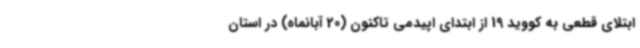
ابتلای قطعی به کووید 19 از ابتدای اپیدمی تاکنون (20 آبانماه) در استان